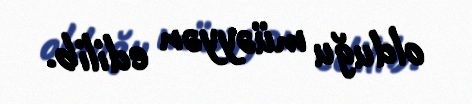
olduğu müəyyən edilib.